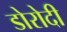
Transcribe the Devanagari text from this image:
डोरोदी